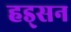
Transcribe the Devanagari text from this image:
हड्सन